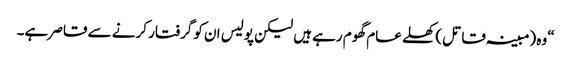
“وہ (مبینہ قاتل) کھلے عام گھوم رہے ہیں لیکن پولیس ان کو گرفتار کرنے سے قاصر ہے۔